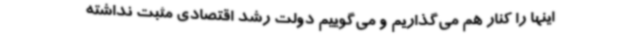
اینها را کنار هم می‌گذاریم و می‌گوییم دولت رشد اقتصادی مثبت نداشته